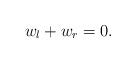
LaTeX: \begin{align*}w_l+w_r=0.\end{align*}